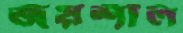
জয়শীল